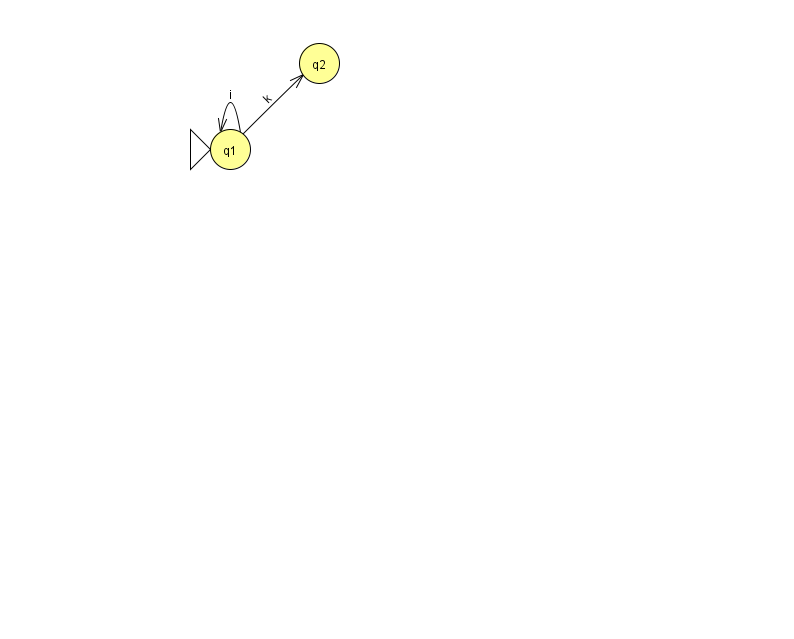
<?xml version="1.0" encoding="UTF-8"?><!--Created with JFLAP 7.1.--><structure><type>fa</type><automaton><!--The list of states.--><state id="1" name="q1"><x>230.0</x><y>136.0</y><initial/></state><state id="2" name="q2"><x>319.0</x><y>50.0</y></state><!--The list of transitions.--><transition><from>1</from><to>2</to><read>k</read></transition><transition><from>1</from><to>1</to><read>i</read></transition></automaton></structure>